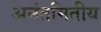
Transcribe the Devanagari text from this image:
अनंतमितीय